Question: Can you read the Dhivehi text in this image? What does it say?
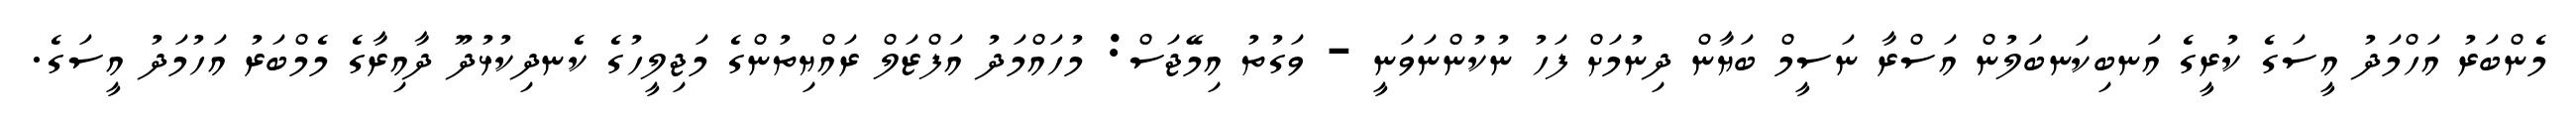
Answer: މެންބަރު އަހްމަދު އީސަގެ ކުރީގެ އަނބިކަނބަލުން އަސްރާ ނަސީމް ބަޔާން ދިނުމަށް ފަހު ނުކުންނަވަނީ - ވަގުތު އިމޭޖަސް: މުހައްމަދު އަފްޒަލް ރައްޔިތުންގެ މަޖިލީހުގެ ކެނދިކުޅުދޫ ދާއިރާގެ މެމްބަރު އަހުމަދު އީސަގެ.